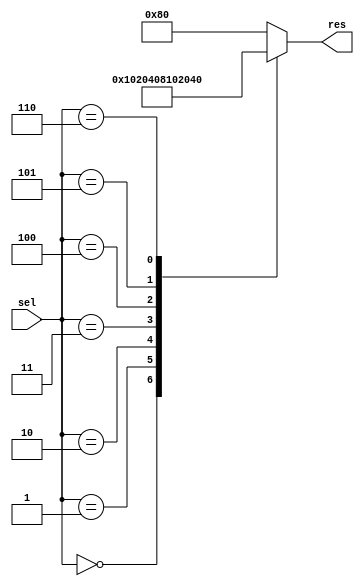
`timescale 1ns / 1ps
//////////////////////////////////////////////////////////////////////////////////
// Company: 
// Engineer: 
// 
// Design Name: 
// Module Name:    Lab52b 
// Project Name: 
// Target Devices: 
// Tool versions: 
// Description: 
//
// Dependencies: 
//
// Revision: 
// Revision 0.01 - File Created
// Additional Comments: 
//
//////////////////////////////////////////////////////////////////////////////////
module Lab52b(input [2:0] sel, output reg [7:0] res);

always @(sel or res)
begin
case (sel)
3'b000 : res = 8'b00000001;
3'b001 : res = 8'b00000010;
3'b010 : res = 8'b00000100;
3'b011 : res = 8'b00001000;
3'b100 : res = 8'b00010000;
3'b101 : res = 8'b00100000;
3'b110 : res = 8'b01000000;
default : res = 8'b10000000;
endcase
end
endmodule